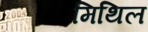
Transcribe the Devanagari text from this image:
मिथिल